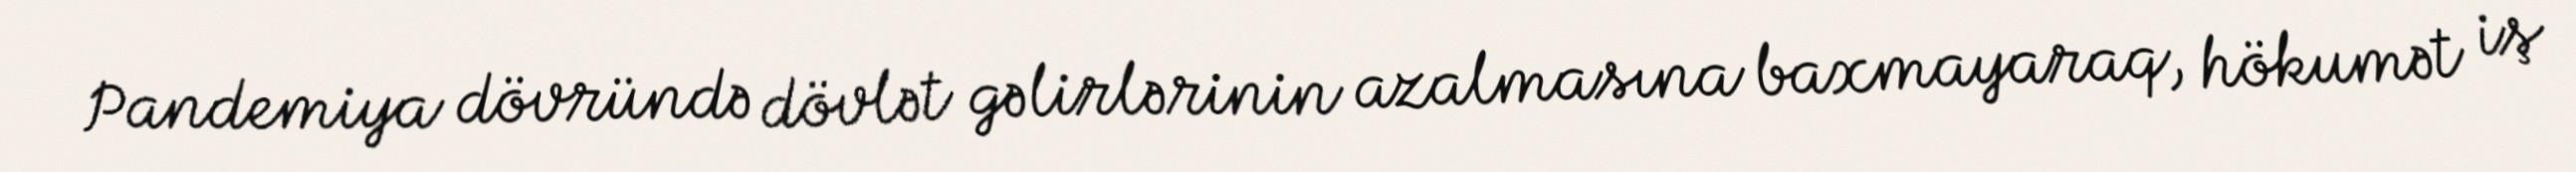
Pandemiya dövründə dövlət gəlirlərinin azalmasına baxmayaraq, hökumət iş